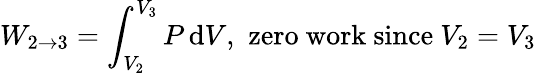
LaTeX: W_{2\to3}=\int_{V_{2}}^{V_{3}}P\, \mathrm{d}V,\, \, {\mathrm{{zero~work~since~}}}V_{2}=V_{3}